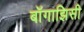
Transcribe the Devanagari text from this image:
बॉगाझिसी